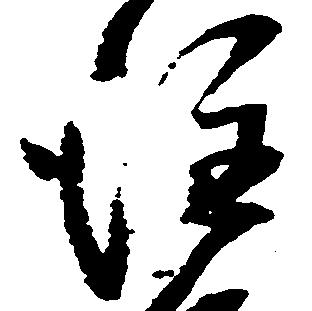
注